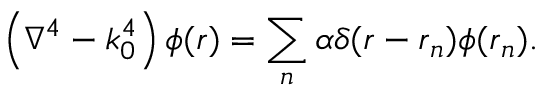
\left( \nabla ^ { 4 } - k _ { 0 } ^ { 4 } \right) \phi ( \boldsymbol { r } ) = \sum _ { n } \alpha \delta ( \boldsymbol { r } - \boldsymbol { r } _ { n } ) \phi ( \boldsymbol { r } _ { n } ) .